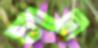
গান